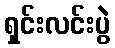
ရှင်းလင်းပွဲ